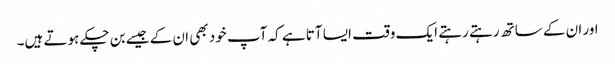
اور ان کے ساتھ رہتے رہتے ایک وقت ایسا آتا ہے کہ آپ خود بھی ان کے جیسے بن چکے ہوتے ہیں۔